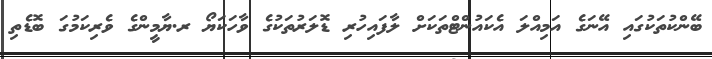
ބޭންކުތަކުގައި އޭނަގެ އަމިއްލަ އެކައުންޓްތަކަށް ލާފައިހުރި ޑޮލަރުތަކުގެ ވާހަކަޔޯ ރ.ޔާމީންގެ ވެރިކަމުގަ ބޮޑެތި